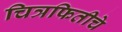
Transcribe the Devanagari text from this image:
चित्रफितीचे